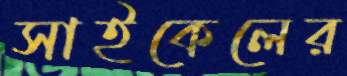
সাইকেলের